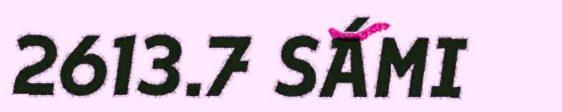
2613.7 SÁMI